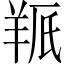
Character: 𫅕